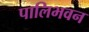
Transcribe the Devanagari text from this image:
पालिभवन